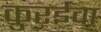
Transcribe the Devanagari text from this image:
कुरईवा